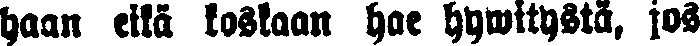
haan eikä koskaan hae hywitystä, jos